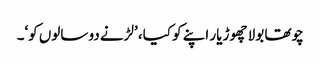
چوتھا بولا چھوڑ یار اپنے کو کیا، ’لڑنے دو سالوں کو‘۔